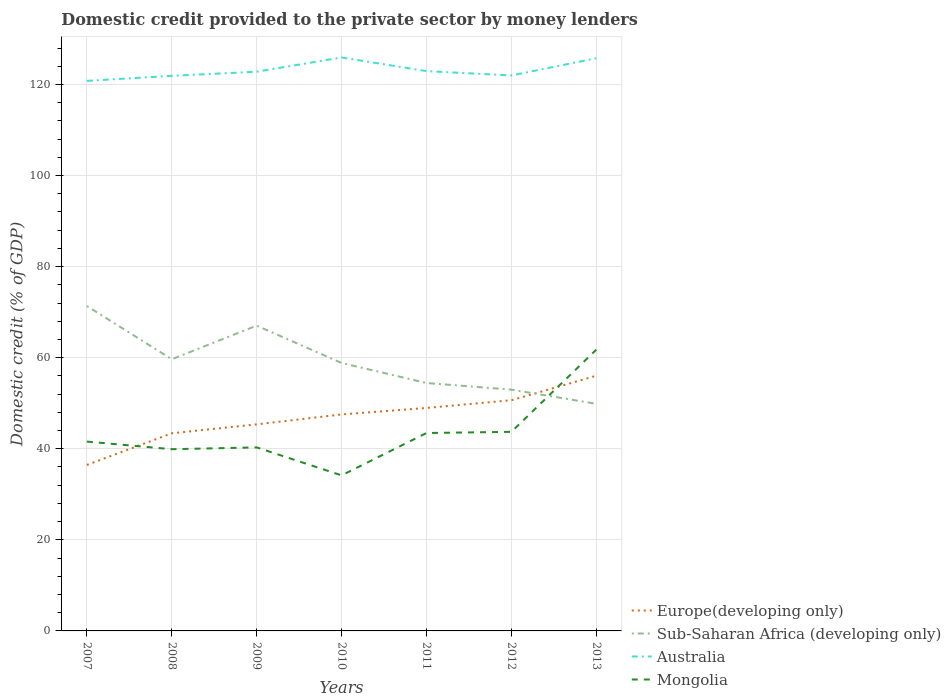
| Years | Europe(developing only) | Sub-Saharan Africa (developing only) | Australia | Mongolia |
 | --- | --- | --- | --- | --- |
 | 2007 | 36.5 | 71.4 | 121 | 41.6 |
 | 2008 | 43.4 | 59.7 | 122 | 39.9 |
 | 2009 | 45.4 | 67 | 123 | 40.3 |
 | 2010 | 47.5 | 58.8 | 126 | 34.2 |
 | 2011 | 49 | 54.4 | 123 | 43.5 |
 | 2012 | 50.7 | 53 | 122 | 43.7 |
 | 2013 | 56 | 49.9 | 126 | 61.8 |